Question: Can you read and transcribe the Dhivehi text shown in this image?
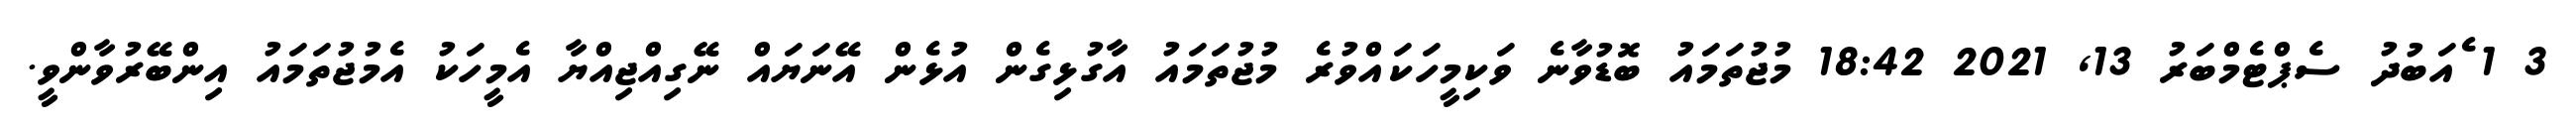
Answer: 3 1 ެއަބުދު ސެޕްޓެމްބަރު 13, 2021 18:42 މުޖުތަމައު ބޮޑުވާނެ ވަކިމީހަކައްވުރެ މުޖުތަމައު އާގުޅިގެން އުޅެން އޭނަޔައް ނޭގިއްޖިއްޔާ އެމީހަކު އެމުޖުތަމައު އިންބޭރުވާންވީ.